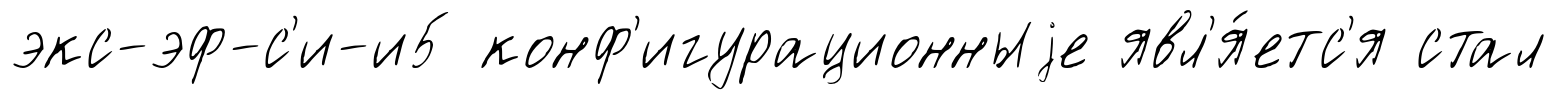
экс-эф-с'и-и5 конф'игурационныjе явл'я́етс'я стал